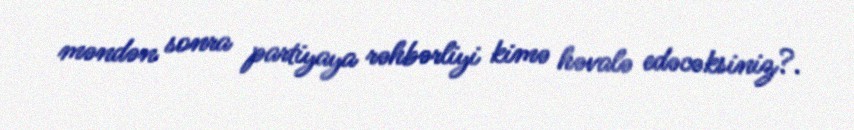
məndən sonra partiyaya rəhbərliyi kimə həvalə edəcəksiniz?.